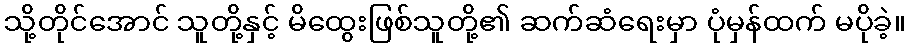
သို့တိုင်အောင် သူတို့နှင့် မိထွေးဖြစ်သူတို့၏ ဆက်ဆံရေးမှာ ပုံမှန်ထက် မပိုခဲ့။